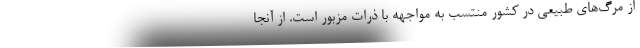
از مرگ‌های طبیعی در کشور منتسب به مواجهه با ذرات مزبور است. از آنجا